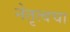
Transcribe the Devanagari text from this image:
नेतृत्वचा